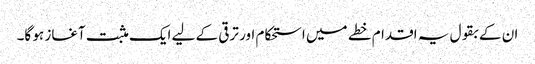
ان کے بقول یہ اقدام خطے میں استحکام اور ترقی کے لیے ایک مثبت آغاز ہو گا۔